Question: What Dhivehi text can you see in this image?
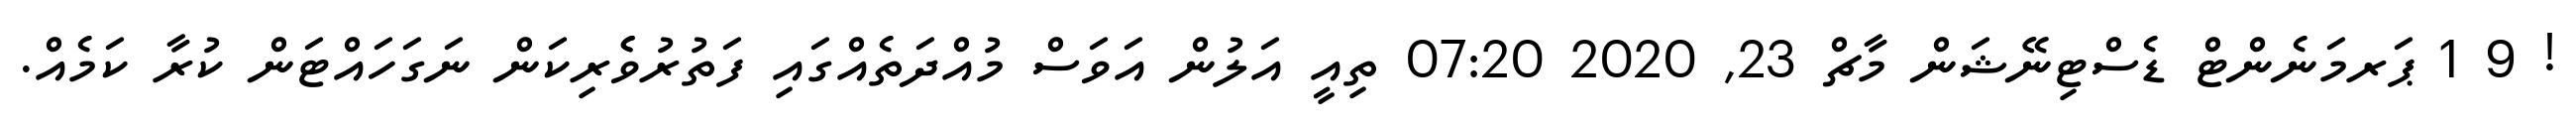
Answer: ! 9 1 ޕަރމަނެންޓް ޑެސްޓިނޭޝަން މާޗް 23, 2020 07:20 ތިއީ އަލުން އަވަސް މުއްދަތެއްގައި ފަތުރުވެެރިކަން ނަގަހައްޓަން ކުރާ ކަމެއް.